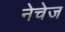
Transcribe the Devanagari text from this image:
नेचेज